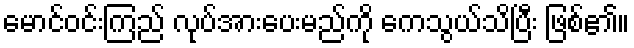
မောင်ဝင်းကြည် လုပ်အားပေးမည်ကို ကေသွယ်သိပြီး ဖြစ်၏။